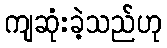
ကျဆုံးခဲ့သည်ဟု